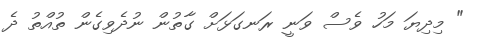
" މިދިޔަ މަހު ވެސް ވަނީ ރަނގަޅަށް ގާތުން ނުދެވިގެން ތުއްތު ދެ